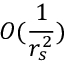
O ( \frac { 1 } { r _ { s } ^ { 2 } } )